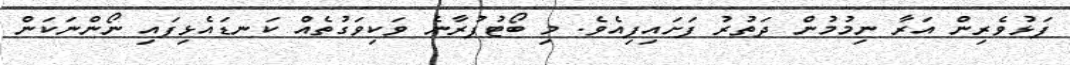
ފަޅުވެރިން އަރާ ނިމުމުން ދަތުރު ފަށައިފިއެވެ. މި ބޯޓުފުރާނެ ވަކިވަގުތެއް ކަނޑައެޅިފައި ނޯންނަކަން